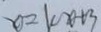
x = 1 0 x + 3